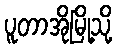
ပူတာအိုမြို့သို့